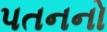
પતનનો